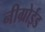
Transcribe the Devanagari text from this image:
नीग्रोईड